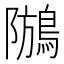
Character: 𪁢